Report of the Bombay Plague Committee
Disease focus: Plague
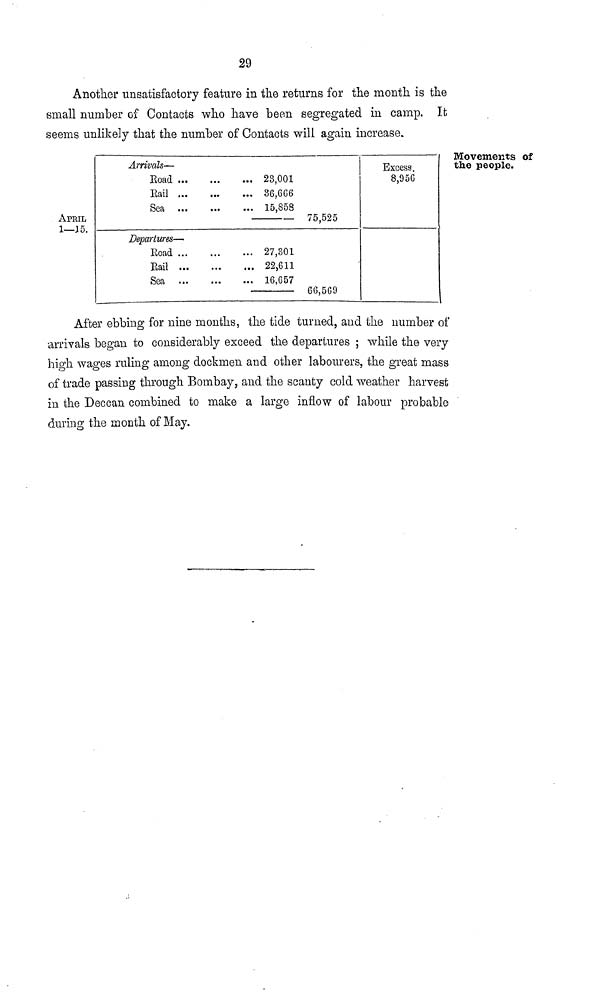
29
Another unsatisfactory feature in the returns for the month is the
small number of Contacts who have been segregated in camp. It
seems unlikely that the number of Contacts will again increase.
Movements of
the people.
APRIL
1—15.
Arrivals—
Road
Rail
Sea
Departures—
Road
Rail
Sea
... 23,001
... 36,6G6
... 15,858
75,525
... 27,301
... 22,611
... 16,657
66,569
Excess.
8,956
After ebbing for nine months, the tide turned, and the number of
arrivals began to considerably exceed the departures ; while the very
high wages ruling among dockmen and other labourers, the great mass
of trade passing through Bombay, and the scanty cold weather harvest
in the Deccan combined to make a large inflow of labour probable
during the month of May.